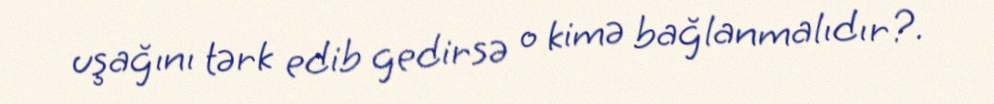
uşağını tərk edib gedirsə o kimə bağlanmalıdır?.